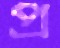
প্র